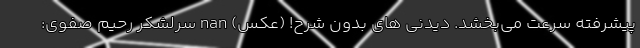
پیشرفته سرعت می‌بخشد. دیدنی های بدون شرح! (عکس) nan سرلشکر رحیم صفوی: